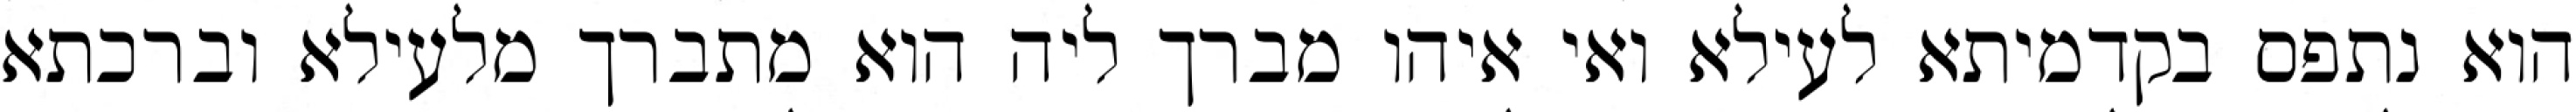
הוא נתפס בקדמיתא לעילא ואי איהו מברך ליה הוא מתברך מלעילא וברכתא